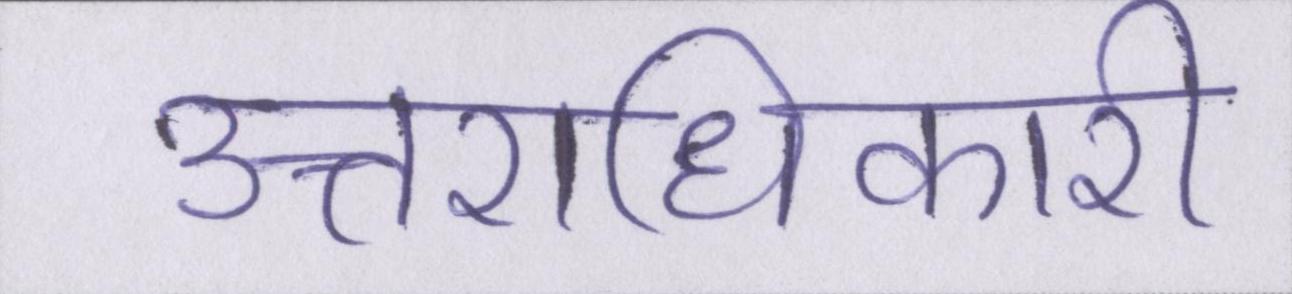
उत्तराधिकारी